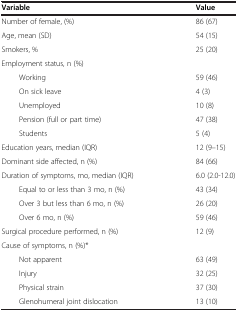
<table><thead><tr><td><b>Variable</b></td><td><b>Value</b></td></tr></thead><tbody><tr><td>Number of female, (%)</td><td>86 (67)</td></tr><tr><td>Age, mean (SD)</td><td>54 (15)</td></tr><tr><td>Smokers, %</td><td>25 (20)</td></tr><tr><td>Employment status<i>,</i> n (%)</td><td> </td></tr><tr><td>Working</td><td>59 (46)</td></tr><tr><td>On sick leave</td><td>4 (3)</td></tr><tr><td>Unemployed</td><td>10 (8)</td></tr><tr><td>Pension (full or part time)</td><td>47 (38)</td></tr><tr><td>Students</td><td>5 (4)</td></tr><tr><td>Education years, median (IQR)</td><td>12 (9–15)</td></tr><tr><td>Dominant side affected, n (%)</td><td>84 (66)</td></tr><tr><td>Duration of symptoms, mo, median (IQR)</td><td>6.0 (2.0-12.0)</td></tr><tr><td>Equal to or less than 3 mo, n (%)</td><td>43 (34)</td></tr><tr><td>Over 3 but less than 6 mo, n (%)</td><td>26 (20)</td></tr><tr><td>Over 6 mo, n (%)</td><td>59 (46)</td></tr><tr><td>Surgical procedure performed, n (%)</td><td>12 (9)</td></tr><tr><td>Cause of symptoms, n (%)*</td><td> </td></tr><tr><td>Not apparent</td><td>63 (49)</td></tr><tr><td>Injury</td><td>32 (25)</td></tr><tr><td>Physical strain</td><td>37 (30)</td></tr><tr><td>Glenohumeral joint dislocation</td><td>13 (10)</td></tr></tbody></table>